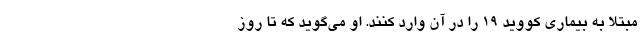
مبتلا به بیماری کووید ۱۹ را در آن وارد کنند. او می‌گوید که تا روز